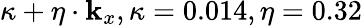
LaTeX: \kappa+\eta\cdot\mathbf{k}_{x},\kappa=0.014,\eta=0.32